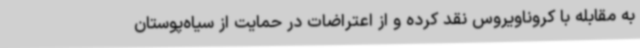
به مقابله با کروناویروس نقد کرده و از اعتراضات در حمایت از سیاه‌پوستان